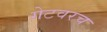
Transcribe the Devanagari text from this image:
गेटवरच